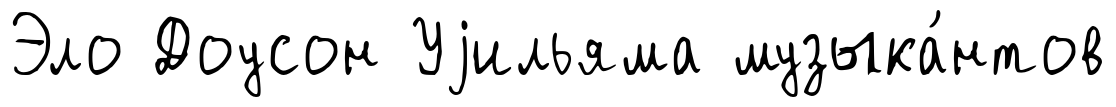
Эло Доусон Уjильяма музыка́нтов